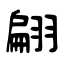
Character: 翩